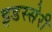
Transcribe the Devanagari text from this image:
इडस्सेरी